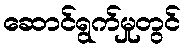
ဆောင်ရွက်မှုတွင်